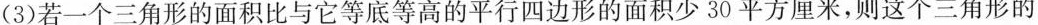
(3)若一个三角形的面积比与它等底等高的平行四边形的面积少30平方厘米，则这个三角形的